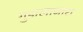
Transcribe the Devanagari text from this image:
गुडालाजारा